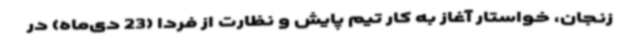
زنجان، خواستار آغاز به کار تیم پایش و نظارت از فردا (23 دی‌ماه) در